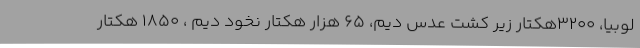
لوبیا، 3200هکتار زیر کشت عدس دیم، 65 هزار هکتار نخود دیم ، 1850 هکتار